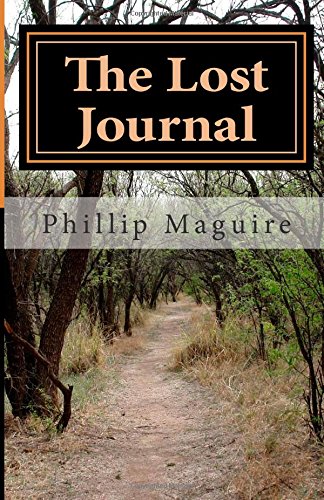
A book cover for The Lost Journal; Phillip H. Maguire; Literature & Fiction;